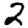
Digit: 2